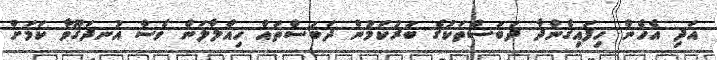
އަދި އެހެން ހިފައިގެންދާ ދަބަސްތަކުގެ ބަރުކަމުން ދަބަސްތައް ހިއްލާލަން ވެސް އުނދަގޫވާ ކަމަށް